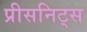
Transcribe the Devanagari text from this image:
प्रीसनिट्स